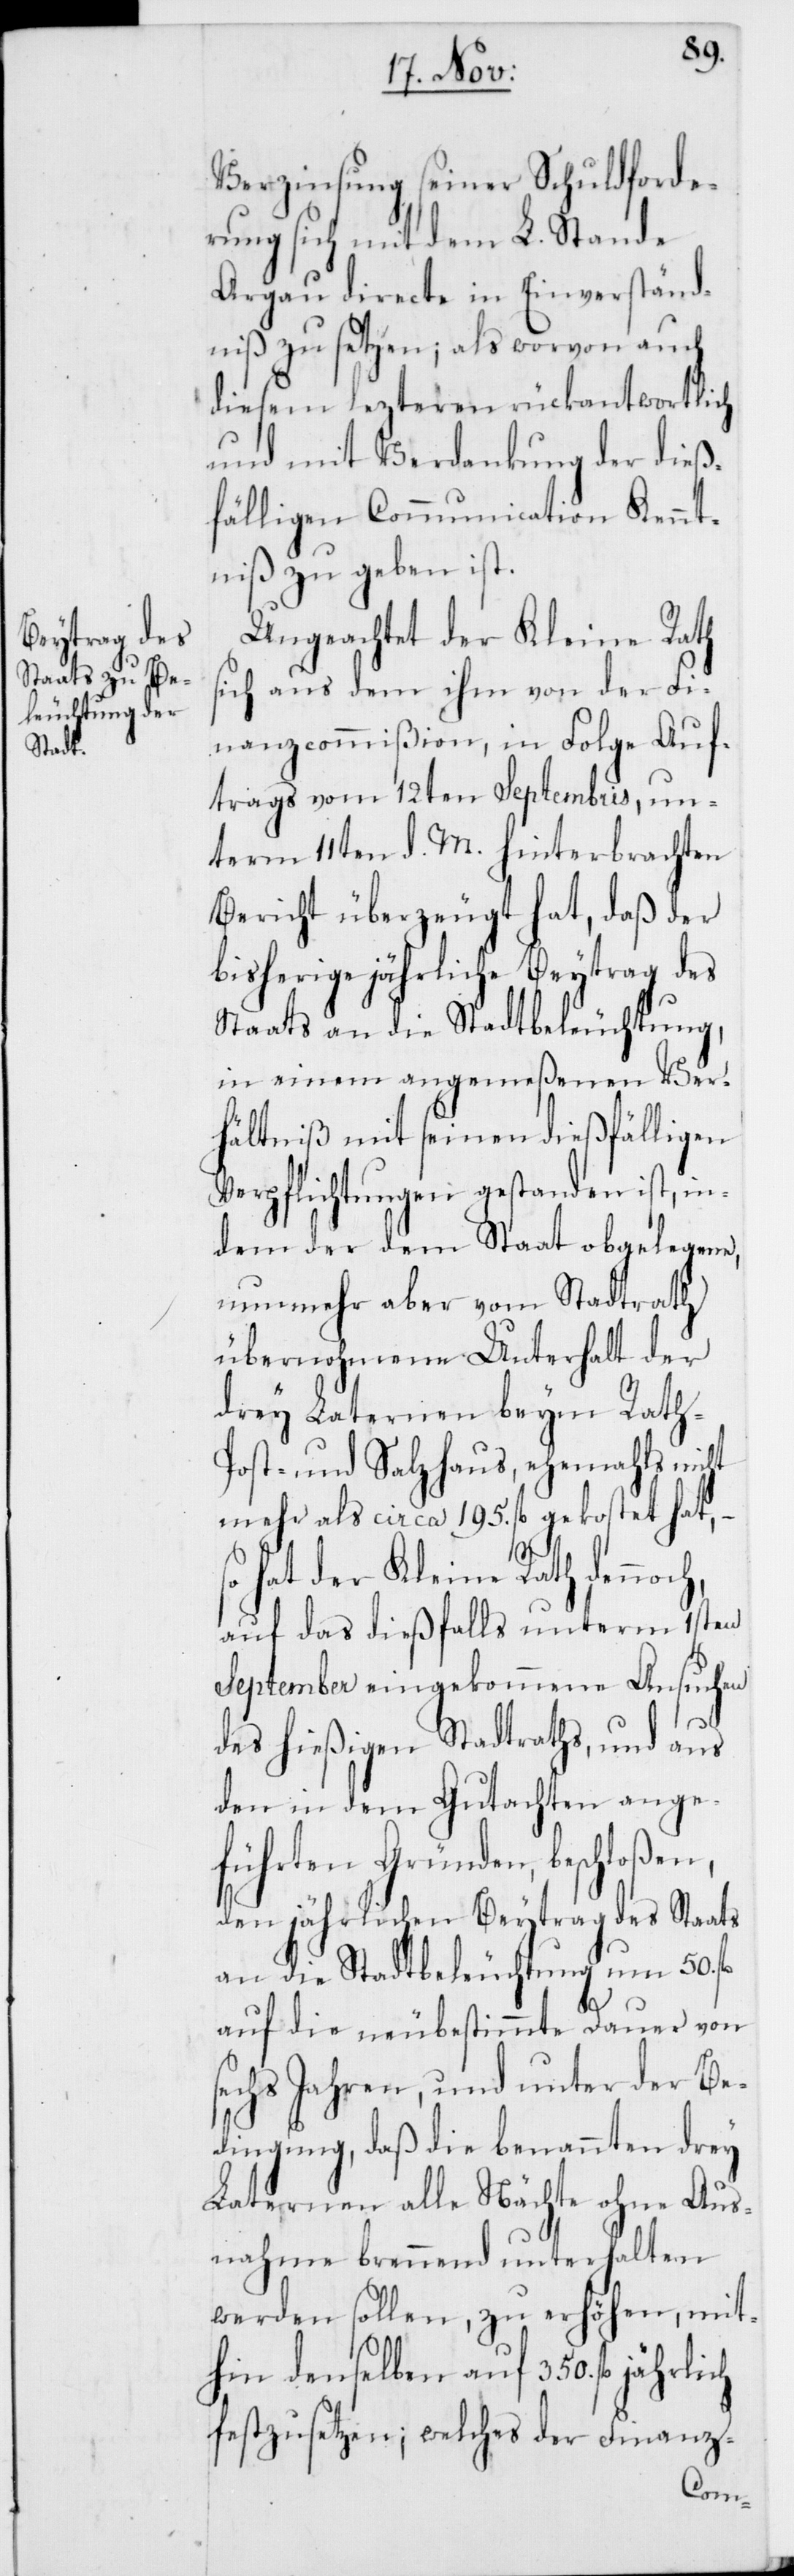
s¬
Verzinsung seiner Schuldforde¬
rung sich mit dem L. Stande
Argau directe in Einverständ¬
niß zu setzen; als worvon auch
diesem lezteren rückantwortlich
und mit Verdankung der dieß¬
fälligen Communication Kennt¬
niß zu geben ist.
Ungeachtet der Kleine Rath
sich aus dem ihm von der Fi¬
nanzcommißion, in Folge Auf¬
trags vom 12ten Septembris, un¬
term 11ten d. M. hinterbrachten
Bericht überzeugt hat, daß der
bisherige jährliche Beytrag des
Staats an die Stadtbeleuchtung,
in einem angemeßenen Ver¬
hältniß mit seinen dießfälligen
Verpflichtungen gestanden ist, in¬
dem der dem Staat obgelegene,
nunmehr aber vom Stadtrath
übernohmene Unterhalt der
drey Laternen beym Rath-[,]
Post- und Salzhaus, ehemahls nicht
mehr als circa 195. fl. gekostet hat,
hat der Kleine Rath dennoc¬
auf das dießfalls unterm 1sten
September eingekommene Ansuchen
des hießigen Stadtraths, und aus
den in dem Gutachten ange¬
führten Gründen, beschloßen,
den jährlichen Beytrag des Staats
an die Stadtbeleuchtung um 50.
auf die neubestimmte Dauer von
echs Jahren, und unter der Be¬
dingung, daß die benannten drey
Laternen alle Nächte ohne Aus¬
nahme brennend unterhalten
werden sollen, zu erhöhen, mit¬
hin denselben auf 350. fl.
festzusetzen; welches der Finanz-